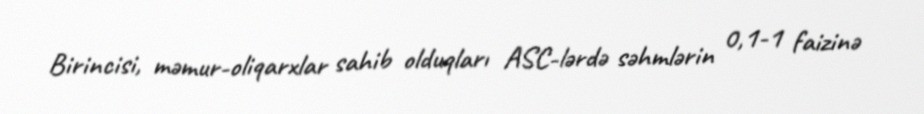
Birincisi, məmur-oliqarxlar sahib olduqları ASC-lərdə səhmlərin 0,1-1 faizinə